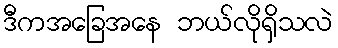
ဒီကအခြေအနေ ဘယ်လိုရှိသလဲ